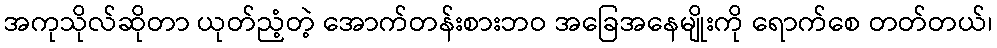
အကုသိုလ်ဆိုတာ ယုတ်ညံ့တဲ့ အောက်တန်းစားဘဝ အခြေအနေမျိုးကို ရောက်စေ တတ်တယ်၊